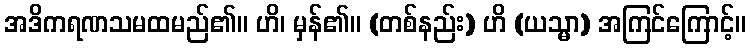
အဒိကရဏသမထမည်၏။ ဟိ၊ မှန်၏။ (တစ်နည်း) ဟိ (ယသ္မာ) အကြင်ကြောင့်။